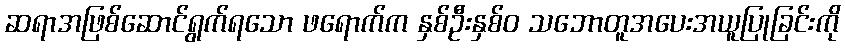
ဆရာအဖြစ်ဆောင်ရွက်ရသော ဖရောက်က နှစ်ဦးနှစ်ဝ သဘောတူအပေးအယူပြုခြင်းကို